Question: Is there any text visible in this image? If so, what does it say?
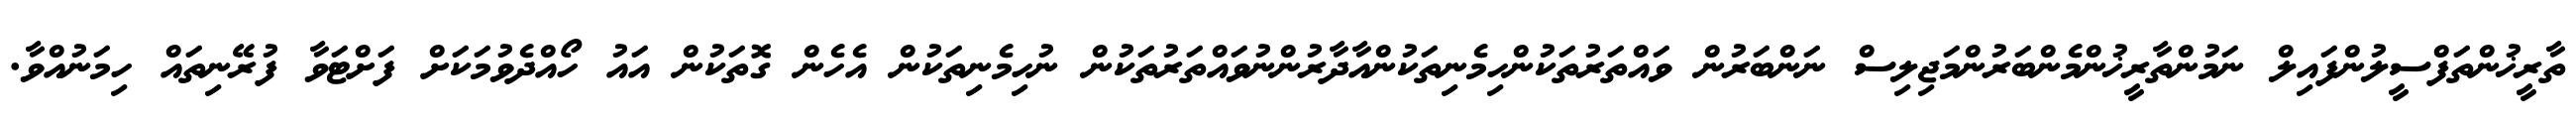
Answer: ތާރީޚުންތަފްސީލުންފައިލް ނަމުންތާރީޚުންމެންބަރުންމަޖިލިސް ނަންބަރުން ވައްތަރުތަކުންހިމެނިތަކުންއާދާރުންނުވައްތަރުތަކުން ނުހިމެނިތަކުން އެހެން ގޮތަކުން އައު ހޯއްދެވުމަކަށް ފަށްޓަވާ ފުރޭނިތައް ހިމަނުއްވާ.